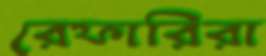
রেফারিরা